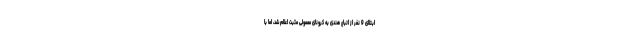
ابتلای 9 نفر از اتباع هندی به کرونای معمولی مثبت اعلام شد، اما با